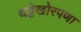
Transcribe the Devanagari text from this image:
थट्टेखोरपणा